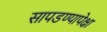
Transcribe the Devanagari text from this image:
सापडण्यापेक्षा